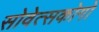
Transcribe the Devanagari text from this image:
सोवेत्सकोगो